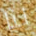
لنا